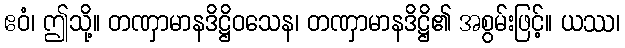
ဧဝံ၊ ဤသို့။ တဏှာမာနဒိဋ္ဌိဝသေန၊ တဏှာမာနဒိဋ္ဌိ၏ အစွမ်းဖြင့်။ ယဿ၊